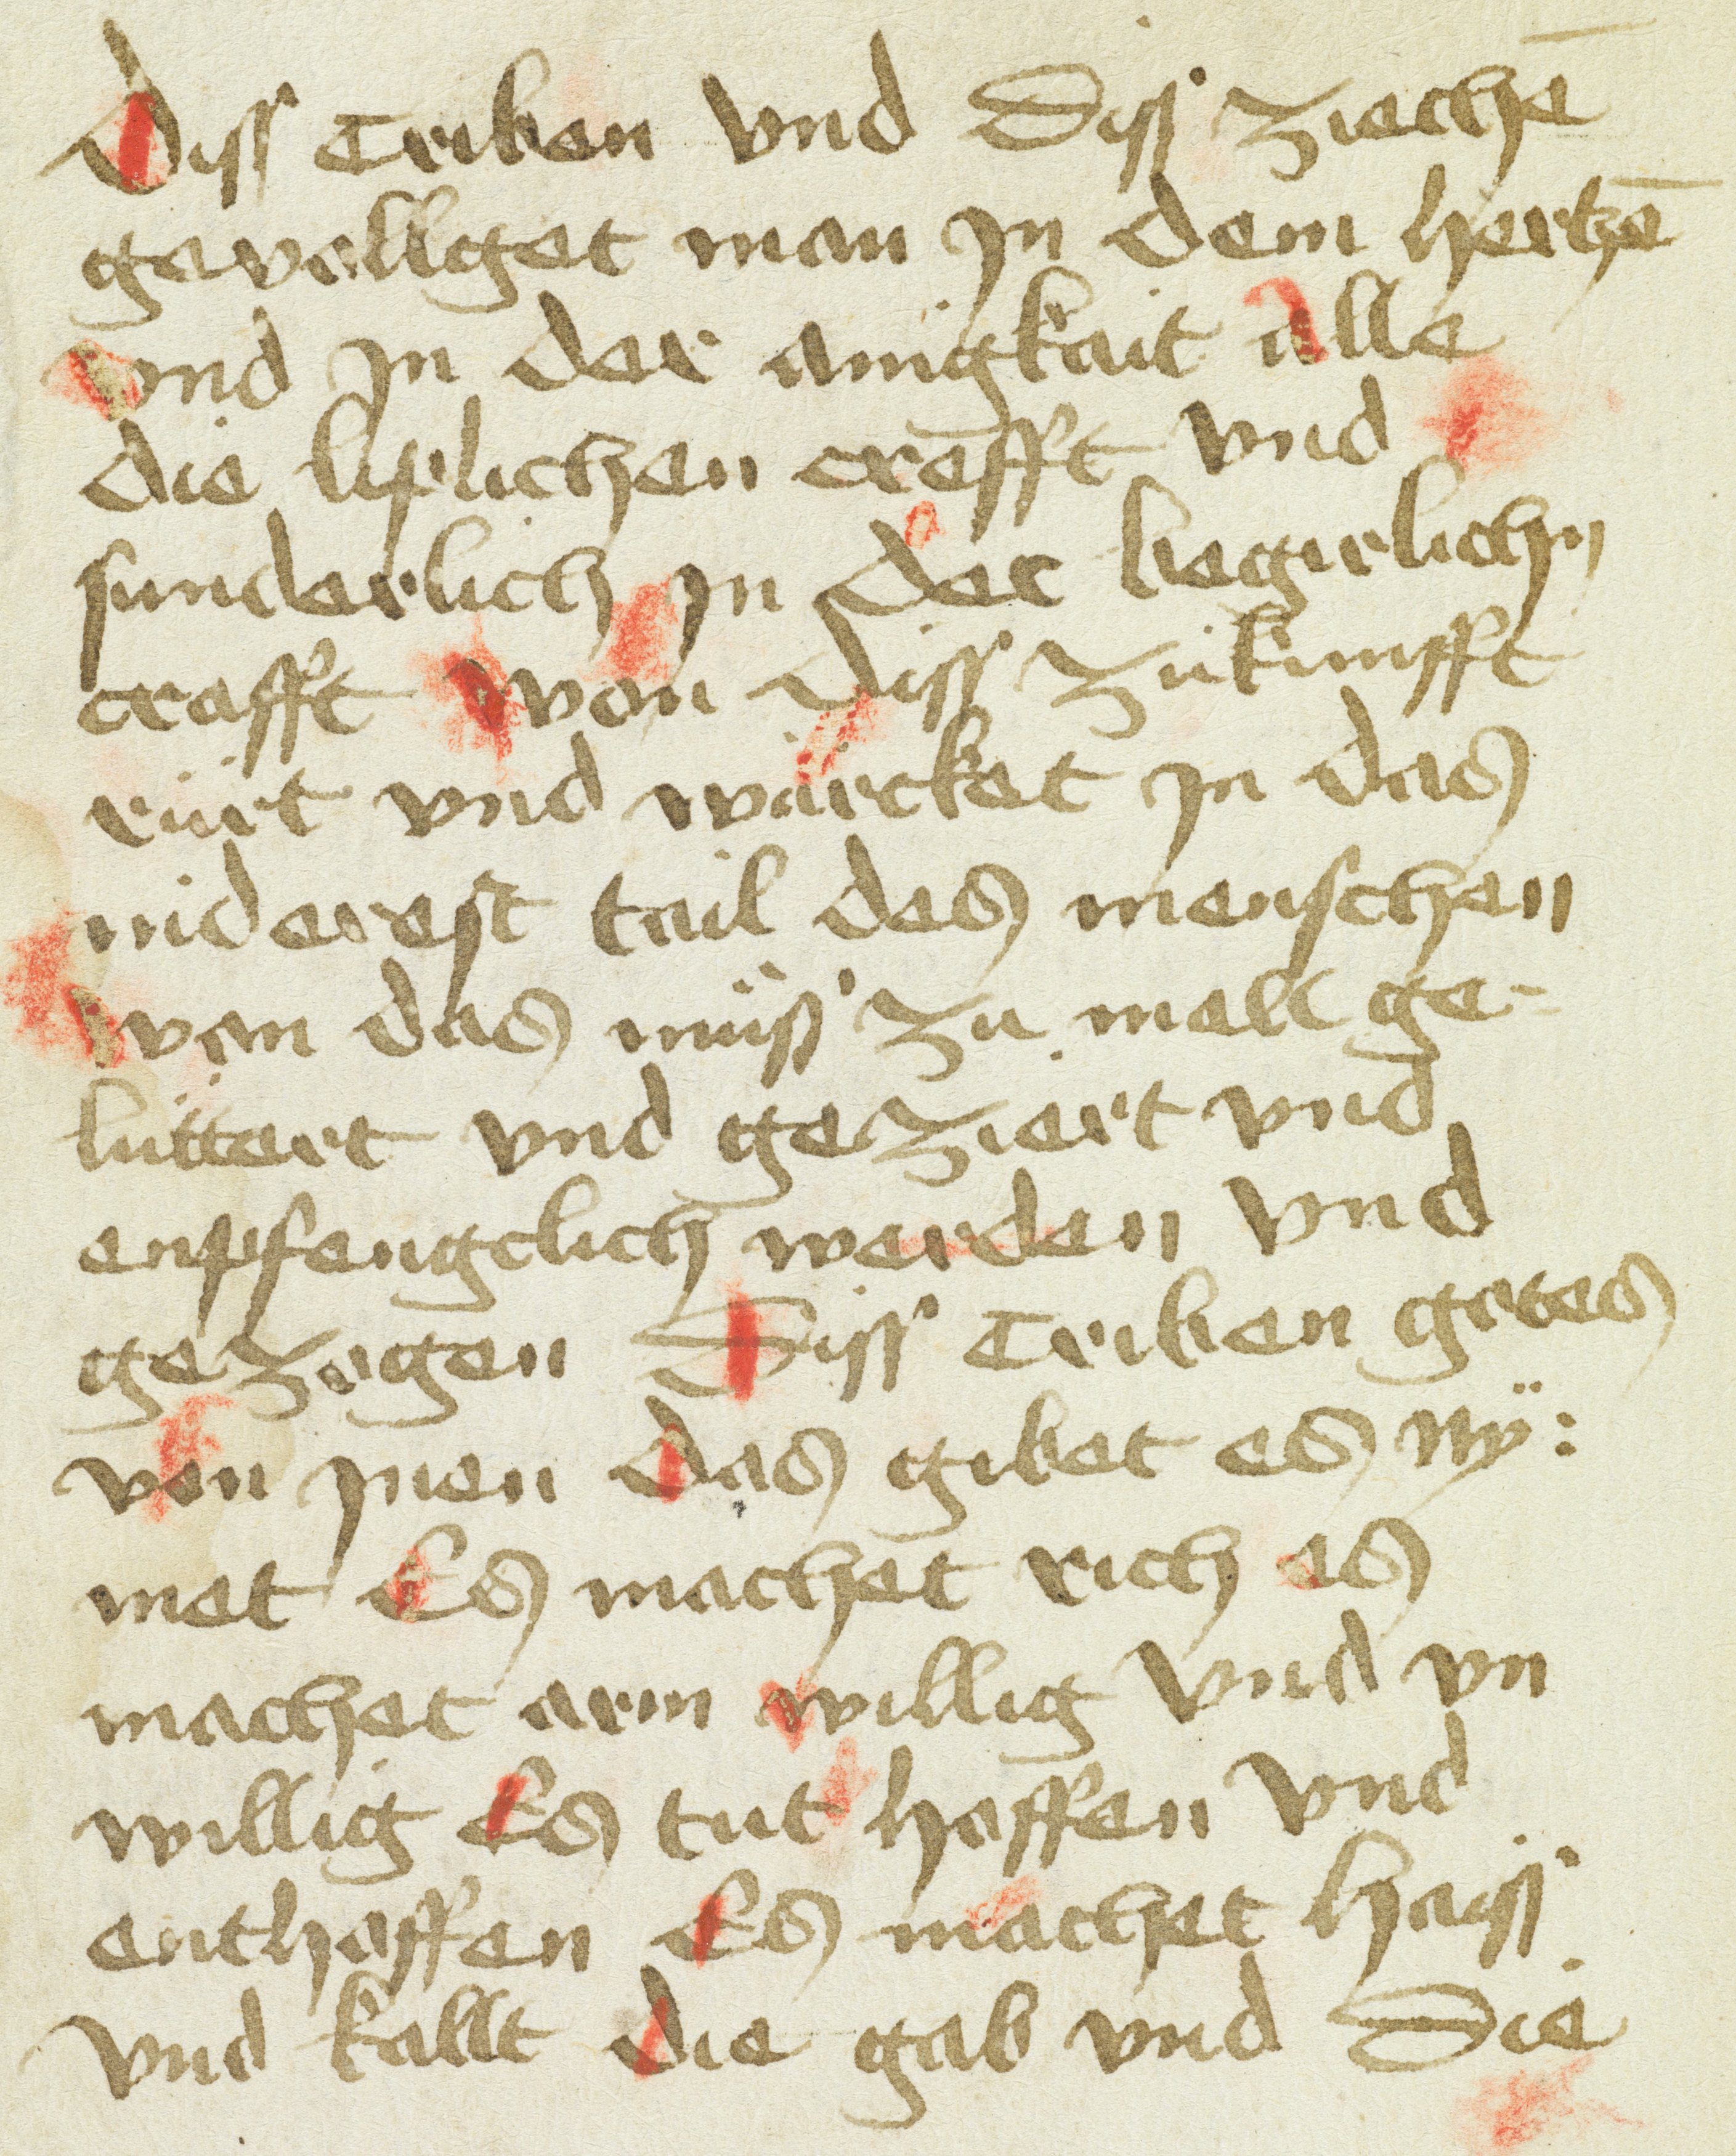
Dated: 1400–1499